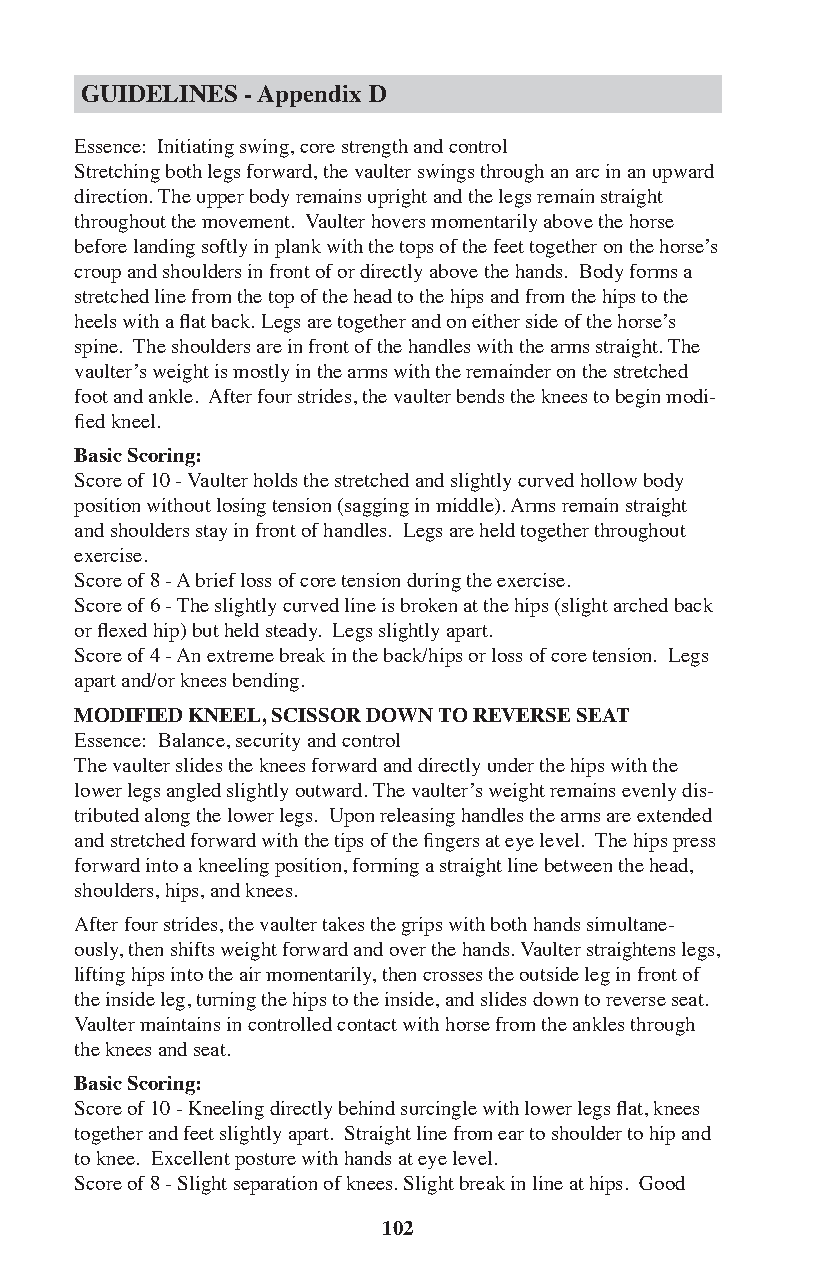
GUIDELINES - Appendix D
 Essence: Initiating swing, core strength and control
 Stretching both legs forward, the vaulter swings through an arc in an upward
 direction. The upper body remains upright and the legs remain straight
 throughout the movement. Vaulter hovers momentarily above the horse
 before landing softly in plank with the tops of the feet together on the horse’s
 croup and shoulders in front of or directly above the hands. Body forms a
 stretched line from the top of the head to the hips and from the hips to the
 heels with a flat back. Legs are together and on either side of the horse’s
 spine. The shoulders are in front of the handles with the arms straight. The
 vaulter’s weight is mostly in the arms with the remainder on the stretched
 foot and ankle. After four strides, the vaulter bends the knees to begin modi-
 fied kneel.
 Basic Scoring:
 Score of 10 - Vaulter holds the stretched and slightly curved hollow body
 position without losing tension (sagging in middle). Arms remain straight
 and shoulders stay in front of handles. Legs are held together throughout
 exercise.
 Score of 8 - A brief loss of core tension during the exercise.
 Score of 6 - The slightly curved line is broken at the hips (slight arched back
 or flexed hip) but held steady. Legs slightly apart.
 Score of 4 - An extreme break in the back/hips or loss of core tension. Legs
 apart and/or knees bending.
 MODIFIED KNEEL, SCISSOR DOWN TO REVERSE SEAT
 Essence: Balance, security and control
 The vaulter slides the knees forward and directly under the hips with the
 lower legs angled slightly outward. The vaulter’s weight remains evenly dis-
 tributed along the lower legs. Upon releasing handles the arms are extended
 and stretched forward with the tips of the fingers at eye level. The hips press
 forward into a kneeling position, forming a straight line between the head,
 shoulders, hips, and knees.
 After four strides, the vaulter takes the grips with both hands simultane-
 ously, then shifts weight forward and over the hands. Vaulter straightens legs,
 lifting hips into the air momentarily, then crosses the outside leg in front of
 the inside leg, turning the hips to the inside, and slides down to reverse seat.
 Vaulter maintains in controlled contact with horse from the ankles through
 the knees and seat.
 Basic Scoring:
 Score of 10 - Kneeling directly behind surcingle with lower legs flat, knees
 together and feet slightly apart. Straight line from ear to shoulder to hip and
 to knee. Excellent posture with hands at eye level.
 Score of 8 - Slight separation of knees. Slight break in line at hips. Good
 102